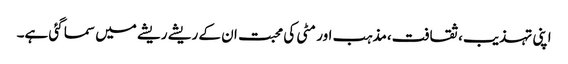
اپنی تہذیب،ثقافت،مذہب اور مٹی کی محبت ان کے ریشے ریشے میں سما گئی ہے۔